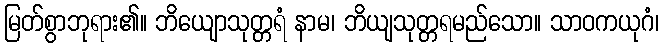
မြတ်စွာဘုရား၏။ ဘိယျောသုတ္တရံ နာမ၊ ဘိယျသုတ္တရမည်သော။ သာဝကယုဂံ၊